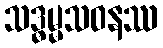
သဒ္ဓမ္မသဝနဿ